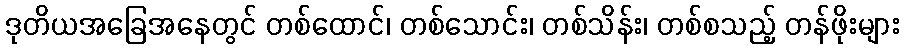
ဒုတိယအခြေအနေတွင် တစ်ထောင်၊ တစ်သောင်း၊ တစ်သိန်း၊ တစ်စသည့် တန်ဖိုးများ